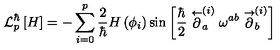
{ \cal L } _ { p } ^ { \hbar } \left[ H \right] = - \sum _ { i = 0 } ^ { p } \frac { 2 } { \hbar } H \left( \phi _ { i } \right) \sin \left[ \frac { \hbar } { 2 } \stackrel { \leftarrow } { \partial } _ { a } ^ { ( i ) } \omega ^ { a b } \stackrel { \rightarrow } { \partial } _ { b } ^ { ( i ) } \right]